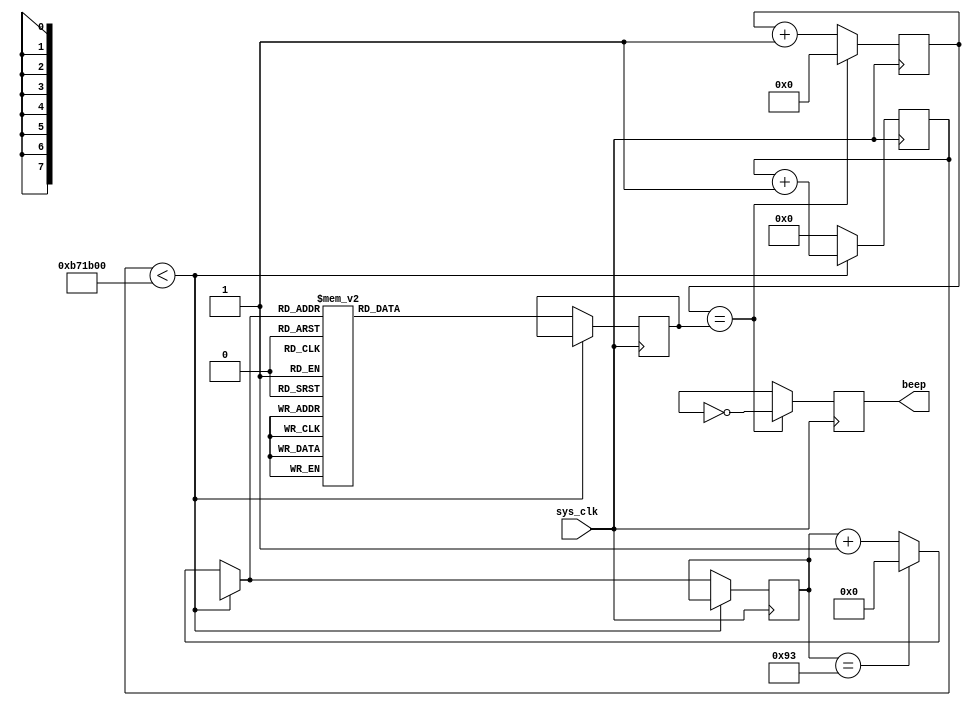
/***------------------------------------------------------------------ 
**       
**                 2010 
**          V3.0 
**        
** 
**------------------------------------------------------------
**   
**   
**   
**   
**
*******************************************************************************/
module yinyue (sys_clk,beep);        
    input         sys_clk;           //48MHz 
    output       beep;            //
	 reg        beep;
    reg        beep_r;        //
    reg  [7:0]    state;        //
    reg  [15:0]   count;
    reg [15:0]   count_end;
    reg  [23:0]   count1;

    parameter       L_5 = 16'd61224,          //5
                    L_6 = 16'd54545,      //6
                    M_1 = 16'd45863,      //1
                    M_2 = 16'd40865,      //2
                    M_3 = 16'd36402,      //3
                    M_5 = 16'd30612,      //5
                    M_6 = 16'd27273,      //6
                    H_1 = 16'd22956;      //1   
    parameter       TIME = 12000000;      //(250ms)
           
always@(posedge sys_clk)begin       
     if(count == count_end)begin
        count <= 16'h0;           //
        beep <= !beep_r;          //
     end
     else begin
         count <= count + 1'b1;//1
			beep <= beep_r;
     end
end


always@(posedge sys_clk)begin
    if(count1 < TIME)             //250mS
        count1 = count1 + 1'b1;
    else begin
        count1 = 24'd0;
    if(state == 8'd147)
        state = 8'd0;
    else
        state = state + 1'b1;
    case(state)
        8'd0,8'd1:                           count_end <= L_5;   
        8'd2,8'd3,8'd4,8'd5,8'd6,8'd7,8'd8:  count_end <= M_1 ;  
        8'd9,8'd10:                          count_end <= M_3;    
        8'd11,8'd12,8'd13,8'd14:             count_end <= M_2; 
        8'd15:                               count_end <= M_1; 
        8'd16,8'd17:                         count_end <= M_2;
        8'd18,8'd19:                         count_end <= M_3; 
        8'd20,8'd21,8'd22,8'd23,8'd24:       count_end <= M_1;
        8'd25,8'd26:                         count_end <= M_3;
        8'd27,8'd28:                         count_end <= M_5;
        8'd29,8'd30,8'd31,8'd32,8'd33:       count_end <= M_6;
        8'd34,8'd35,8'd36,8'd37,8'd38:       count_end <= M_6;
        8'd39,8'd40,8'd41,8'd42:             count_end <= M_5;
        8'd43,8'd44,8'd45:                   count_end <= M_3;
        8'd46,8'd47:                         count_end <= M_1;
        8'd48,8'd49,8'd50,8'd51:             count_end <= M_2;  
        8'd52:                               count_end <= M_1;   
        8'd53,8'd54:                         count_end <= M_2;
        8'd55,8'd56:                         count_end <= M_3;
        8'd57,8'd58,8'd59,8'd60:             count_end <= M_1;
        8'd61,8'd62,8'd63:                   count_end <= L_6;
        8'd64,8'd65:                         count_end <= M_5;
        8'd66,8'd67,8'd68,8'd69:             count_end <= M_1;
        8'd70,8'd71,8'd72,8'd73:             count_end <= M_1;    
        8'd74,8'd75:                         count_end <= M_6;
        8'd76,8'd77,8'd78,8'd79:             count_end <= M_5;  
        8'd80,8'd81,8'd82:                   count_end <= M_3;    
        8'd83,8'd84:                         count_end <= M_1; 
        8'd85,8'd86,8'd87,8'd88:             count_end <= M_2; 
        8'd89:                               count_end <= M_1; 
        8'd90,8'd91:                         count_end <= M_2; 
        8'd92,8'd93:                         count_end <= M_6;
        8'd94,8'd95,8'd96,8'd97:             count_end <= M_5;
        8'd98,8'd99,8'd100:                  count_end <= M_3;     
        8'd101,8'd102:                       count_end <= M_5;  
        8'd103,8'd104,8'd105,8'd106:         count_end <= M_6;
        8'd107,8'd108,8'd109,8'd110:         count_end <= M_6;   
        8'd111,8'd112:                       count_end <= H_1;
        8'd113,8'd114,8'd115,8'd116:         count_end <= M_5;
        8'd117,8'd118,8'd119:                count_end <= M_3;
        8'd120,8'd121:                       count_end <= M_1; 
        8'd122,8'd123,8'd124,8'd125:         count_end <= M_2;   
        8'd126:                              count_end <= M_1;   
        8'd127,8'd128:                       count_end <= M_2;  
        8'd129,8'd130:                       count_end <= M_3; 
        8'd131,8'd132,8'd133,8'd134:         count_end <= M_1;
        8'd135,8'd136,8'd137:                count_end <= L_6;
        8'd138,8'd139:                       count_end <= M_5;
        8'd140,8'd141,8'd142,8'd143:         count_end <= M_1;
        8'd144,8'd145,8'd146,8'd147:         count_end <= M_1;
   default:                                  count_end <= 16'h0;
	endcase
 end
end

endmodule